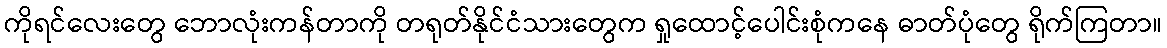
ကိုရင်လေးတွေ ဘောလုံးကန်တာကို တရုတ်နိုင်ငံသားတွေက ရှုထောင့်ပေါင်းစုံကနေ ဓာတ်ပုံတွေ ရိုက်ကြတာ။